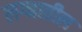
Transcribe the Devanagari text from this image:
लग्नातील